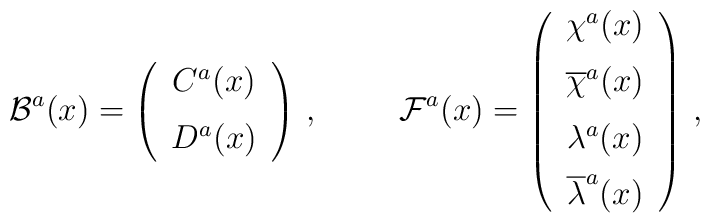
{\cal B}^{a}(x) = \left( \begin{array}{c} C^{a}(x) \\ 	\rule{0pt}{16pt} D^{a}(x) \end{array} \right) \, , 	\hspace{1cm} {\cal F}^{a}(x) = \left( \begin{array}{c} \chi^{a}(x) \\	{\overline \chi}^{a}(x) \rule{0pt}{16pt} \\ \lambda^{a}(x) 	\rule{0pt}{16pt} \\ {\overline \lambda}^{a}(x) \rule{0pt}{16pt} 	\end{array} \right) \, ,